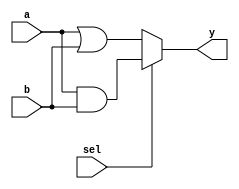
module combinational_logic (
    input wire a,        // Input signal a
    input wire b,        // Input signal b
    input wire sel,      // Selector input
    output reg y         // Output signal y
);

always @(*) begin
    // Combinational logic block
    if (sel) begin
        y = a & b;      // Output y is the AND of a and b when sel is high
    end else begin
        y = a | b;      // Output y is the OR of a and b when sel is low
    end
end

endmodule